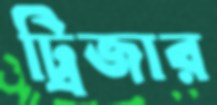
ট্রিজার